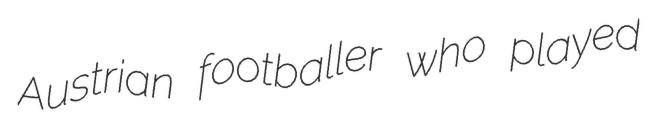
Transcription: Austrian footballer who played